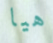
هيا